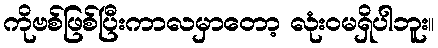
ကိုဗစ်ဖြစ်ပြီးကာလမှာတော့ လုံးဝမရှိပါဘူး။